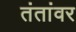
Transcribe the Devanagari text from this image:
तंतांवर